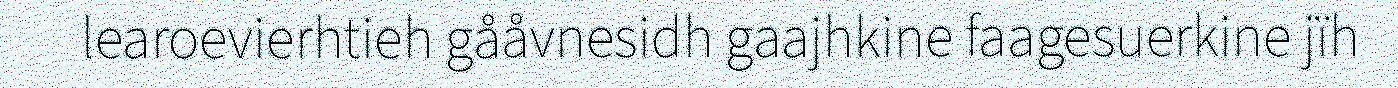
learoevierhtieh gååvnesidh gaajhkine faagesuerkine jïh